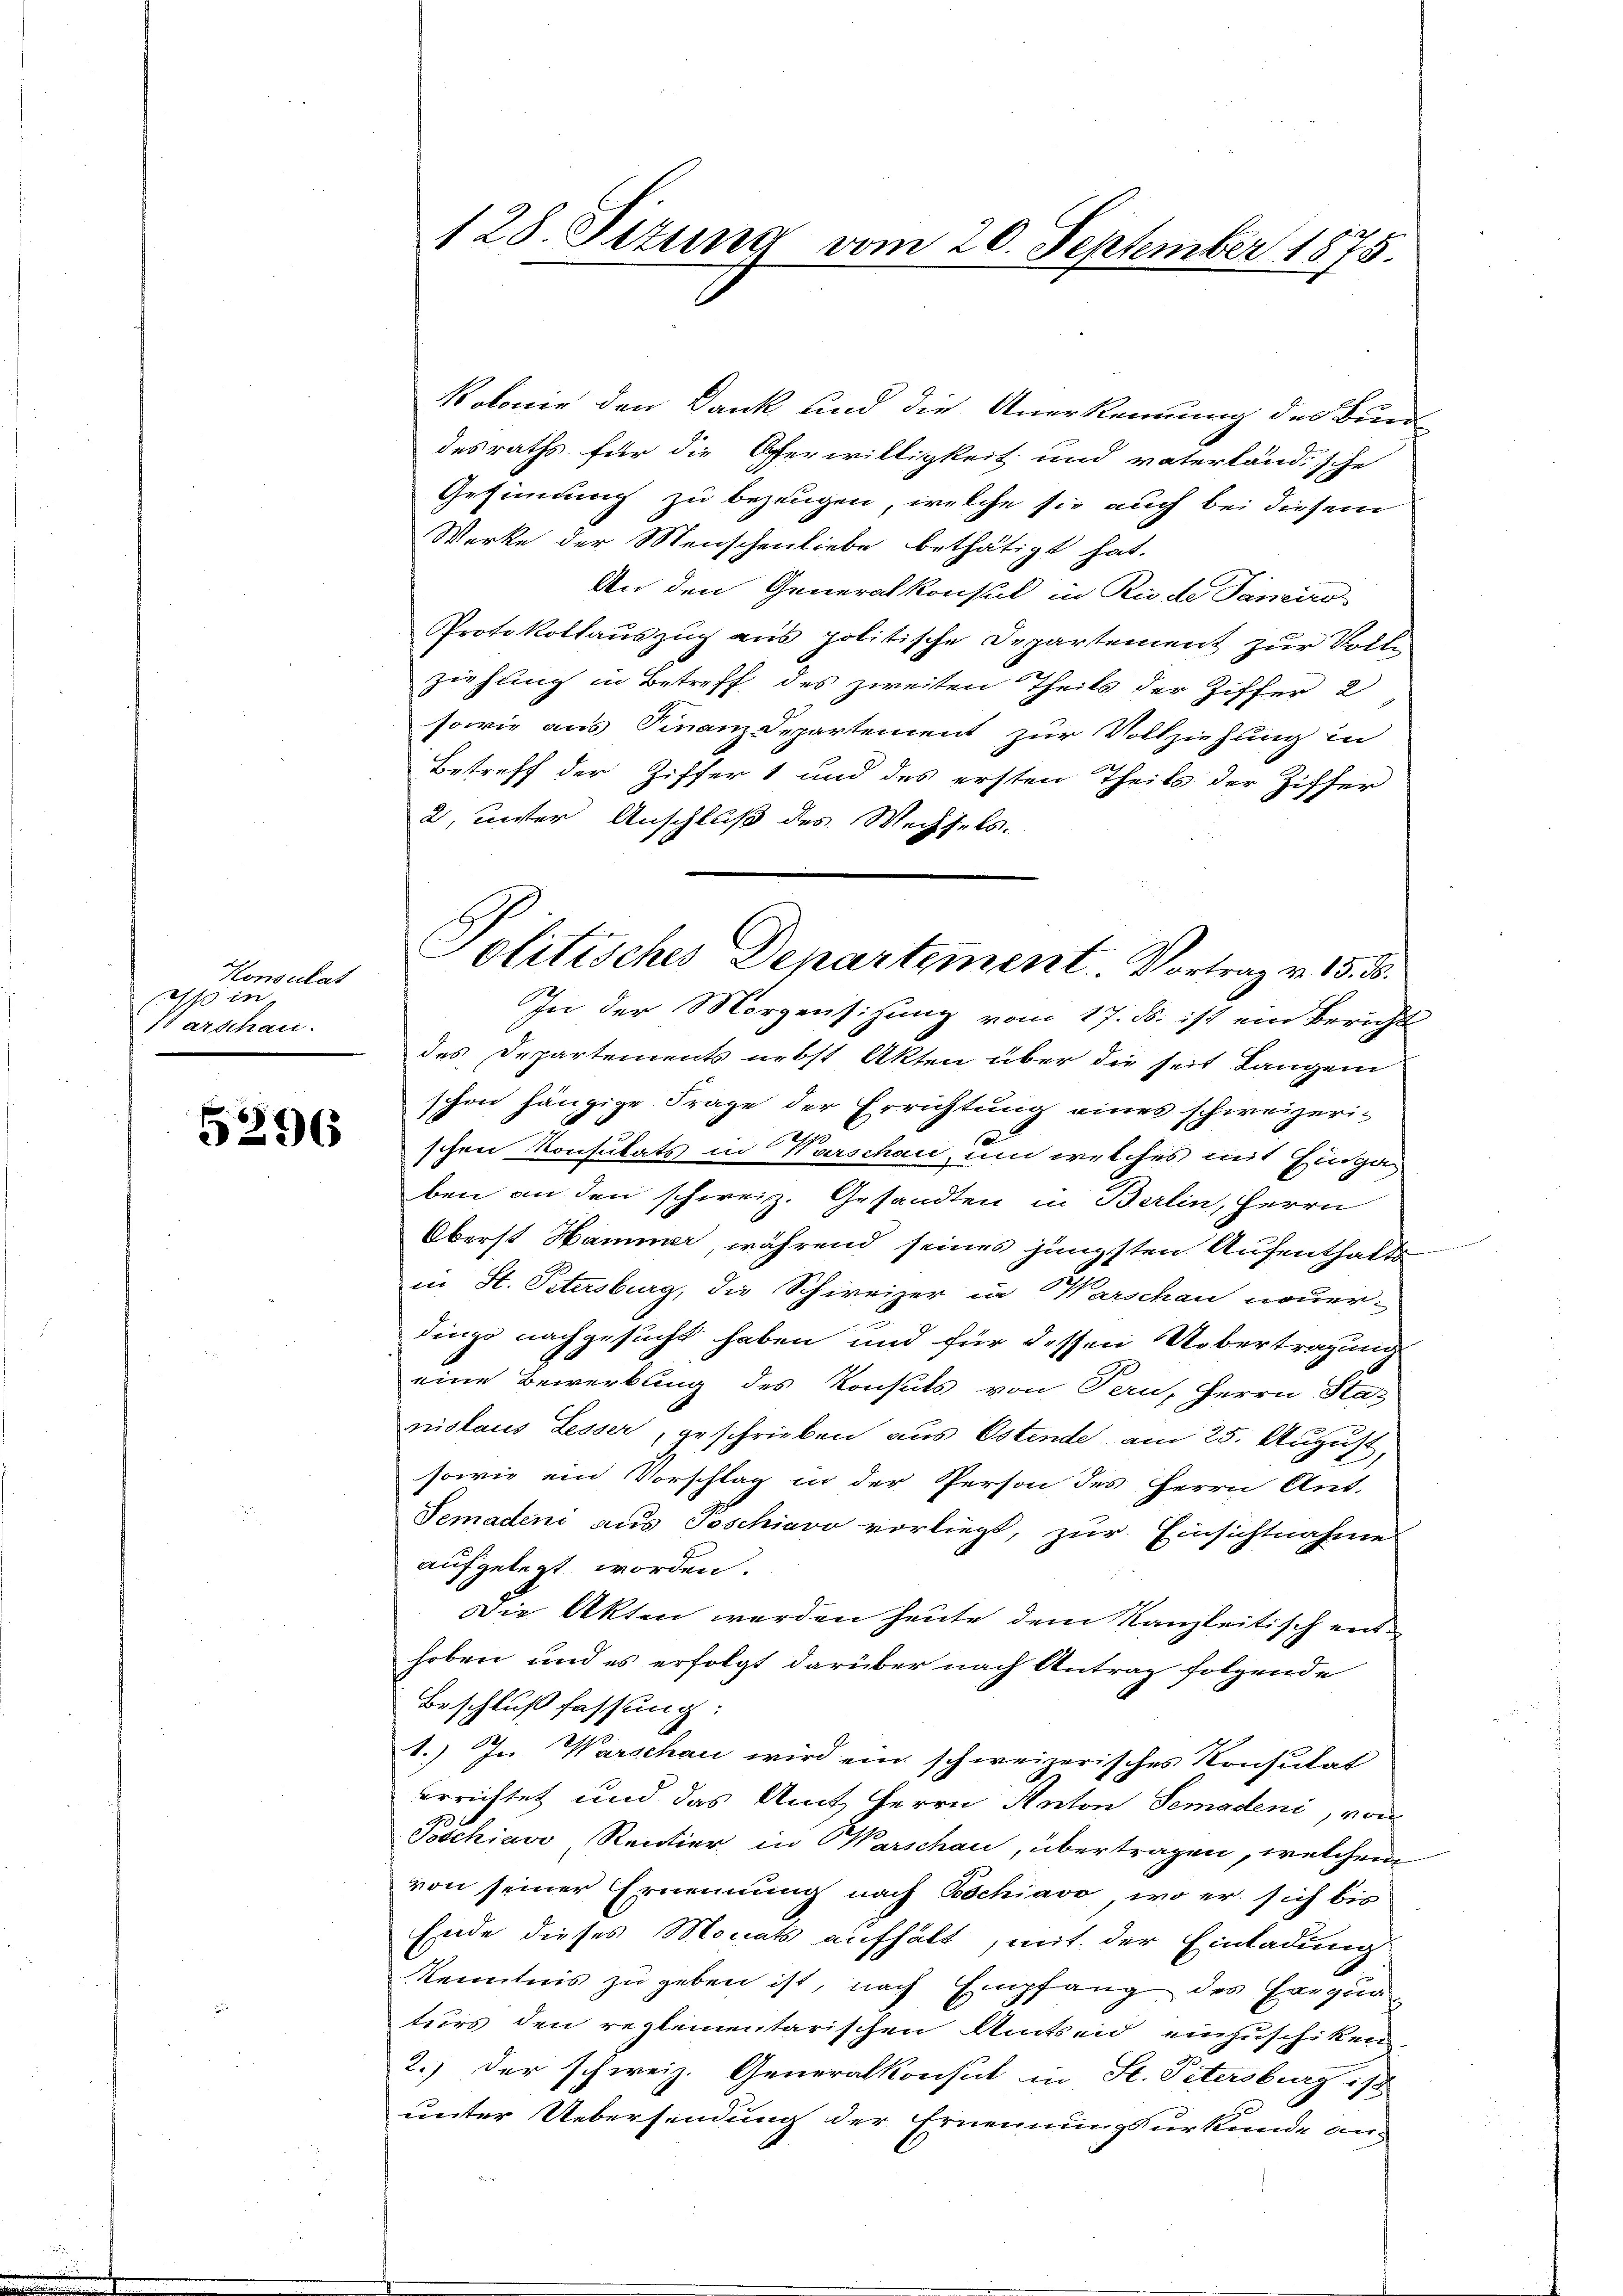
Konsulat
11 in
darschau.

5296

128. Sitzung vom 20. September 1875

Kolonie den Dank und die Anerkennung des Bun
desraths für die Oferwilligkeit und vaterländische
Gefindung zu bezeugen, welche sie auch bei diesem
Werke der Menschenliebe bethätigt hat.
An den Generalkonsul in Rinde Sancir-
Protokollauszug aus politische Departement zur Volle
zeihung in Betreff des zweiten Theils der Ziffer 2
sowie aus Finanz-Departement zur Vollziehung in
Betreff der Ziffer 1 und des ersten Theils der Ziffer
2. unter Anschluß des Wechsels.
In der Morgensitzung vom 17. ds. ist ein Bericht
des Departements nebst Akten über die seit Langen
schon hängige Frage der Errichtung eines schweizeria
schen Konsulats in Karschau, um welches mit Einga-
ben an den schweiz. Gesandten in Berlin, Herrn
Oberst Hammer, während seines jüngsten Aufenthalts
in St. Petersburg, die Schweizer in Warschau neuerdings nachgesucht haben und für dessen Uebertragung
eine Bewerbung des Konsuls von Pern, Herrn Star
nislaus Lesser, geschrieben aus Ostende am 25. August,
sowie ein Vorschlag in der Person des Herrn Ant.
Semadene aus Soschiavo vorliegt, zur Einsichtnahme
aufgelegt worden.
Die Akten werden heute dem Kanzleitisch enthoben und es erfolgt darüber nach Antrag folgende
Beschlußfassung:
1.) J. Warschau wird ein schweizerisches Konsulat
errichtet und das Amt Herrn Anton Semadeni, von
Toschias Rentier in Parschau, übertragen, welchem
von seiner Ernennung nach Beschiavo, wo er sich bis
Ende dieses Monats aufhält, mit der Einladung
Kenntnis zu geben ist, nach Empfang des Exequaturs den reglementarischen Amtseid einzuschiken
2.) Der schweiz. Generalkonsul in St. Petersburg ist
unter Uebersendung der Ernennungsurkunde an¬

olitisches Departement. Vortrag v. 15. B.